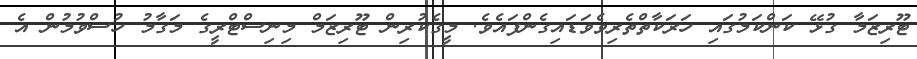
ޓޫރިޒަމާ ގުޅޭ ކަންކަމުގައި ހަރަކާތްތެރިވެވަޑައިގެންފައެވެ. މީގެކުރިން ޓޫރިޒަމް މިނިސްޓްރީގެ މަގާމު ހުސްވުމުން އެ